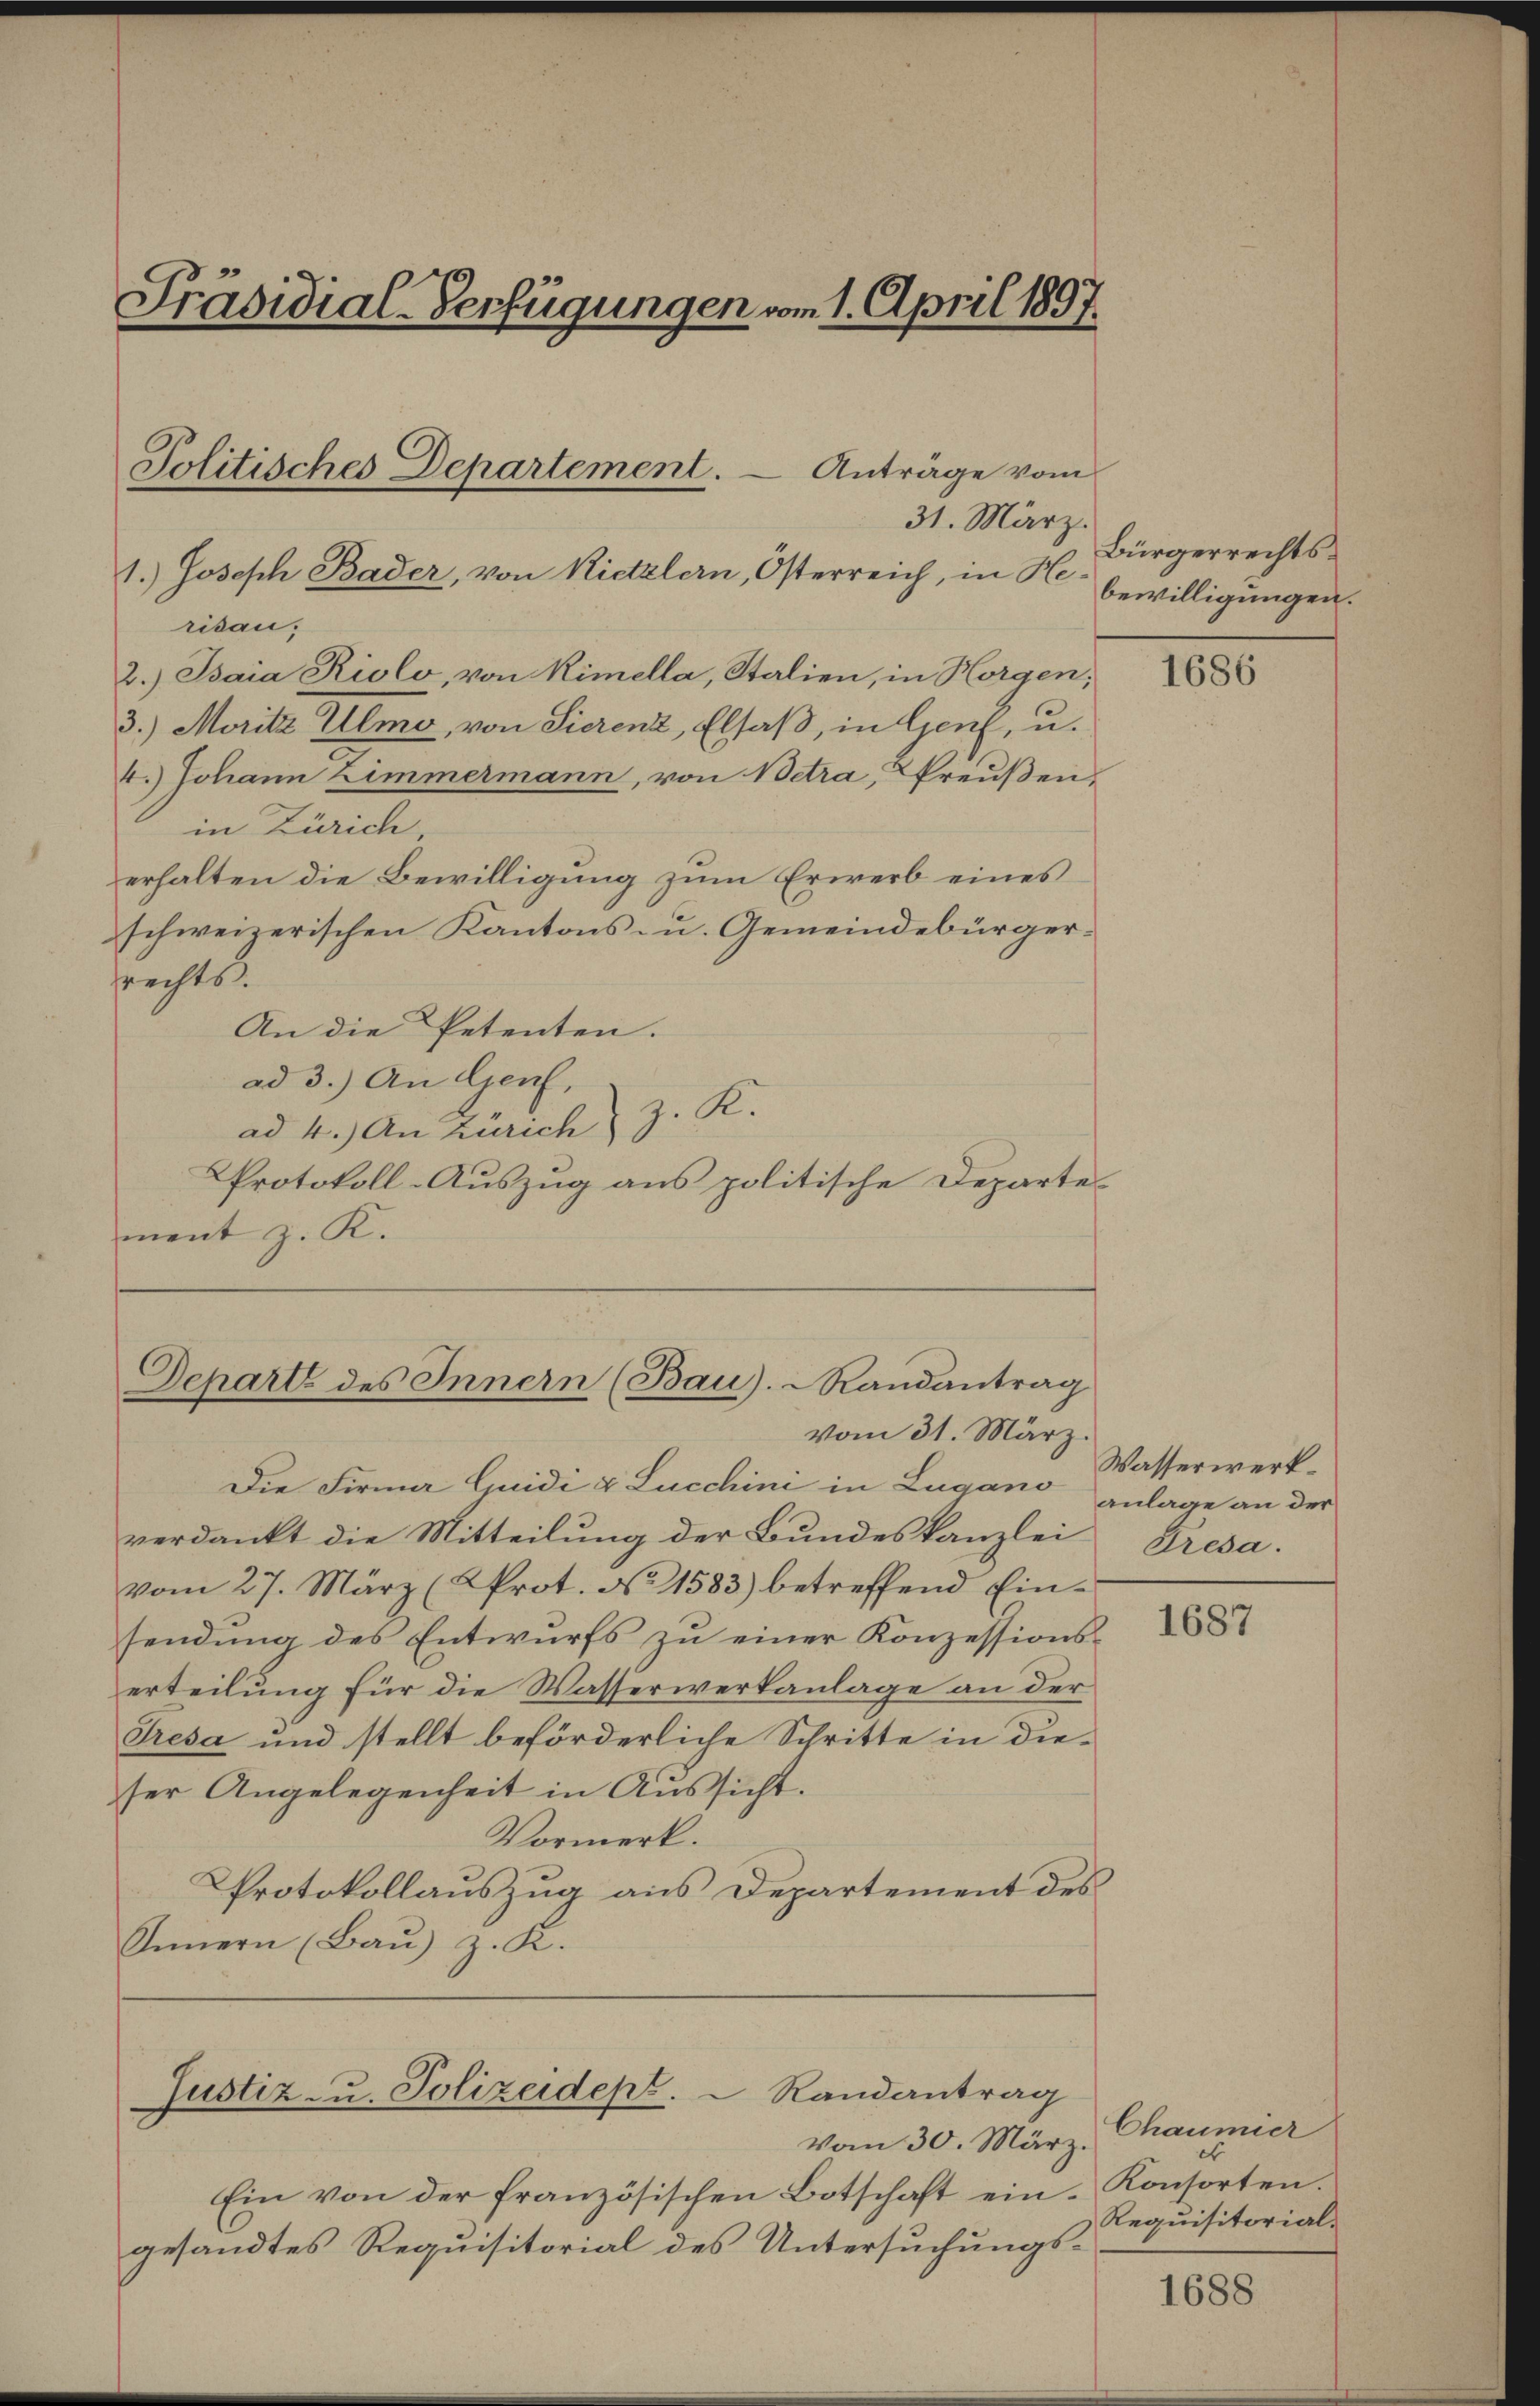
Präsidial-Verfügungen vom 1. April 1897.

1.) Joseph Bader, von Rietzlern, Osterreich, in K. bewilligungen.
risau;
2.) Isaia Riolo, von Kimella, Stalien, in Horgen;
3.) Moritz Ulmo, von Sierenz, Elsaß, in Genf, u.
4.) Johann Zimmermann, von Betra, Preußen,
in Zürich
erhalten die Bewilligung zum Erwerb eines
schweizerischen Kantons- u. Gemeindebürgersrechts
An die Petenten.
ad 3.) An Genf,
z. R.
ad 4.) An Zürich
Protokoll-Auszug aus politische Departement z. K.

Politisches Departement. - Anträge vom
31. März.

Departe des Innern (Bau). RRandantrag
vom 31. März.

Die Firma Guidi & Lucchini in Lugano zulage an der
verdankt die Mitteilung der Bundeskanzlei
vom 27. März (Prot. No 1583) betreffend Einsendung des Entwurfs zu einer Konzessionserteilung für die Wasserwerkanlage an der
Tresa und stellt beförderliche Schritte in dieser Angelegenheit in Aussicht.
Vormerk.
Protokollauszug aus Departement des
Innern (Bau) z. K.

Justiz u. Polizeidept.  Randantrag
vom 30. März.

Ein von der französischen Botschaft eingesandtes Requisitorial des Untersuchungs¬

Bürgerrechts¬

1686

Wasserwerk.
Tresa.

1687

Chaumier
Konsorten.
Requisitorial¬

1688